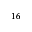
^ { 1 6 }